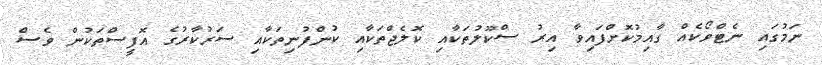
ނަމުގައި ނެޓްވޯކެއް ގާއިމުކޮށްފައިވާ އިރު ސްކޫލުތަކާއި ކޮލެޖްތަކާއި ކުންފުނިތަކާއި ސަރުކާރުގެ އޮފީސްތަކުން ވެސް